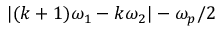
| ( k + 1 ) \omega _ { 1 } - k \omega _ { 2 } | - \omega _ { p } / 2